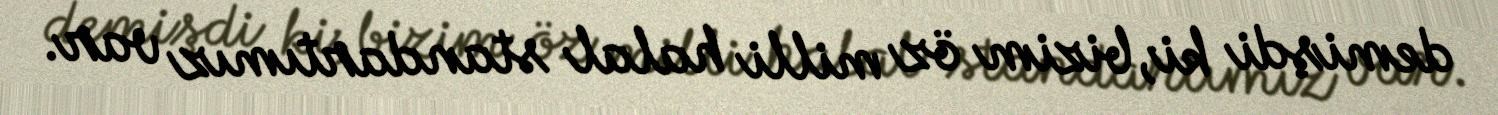
demişdi ki, bizim öz milli halal standartımız var.